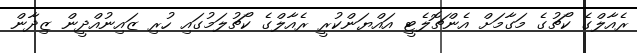
ރެއާލްގެ ކޯޗުގެ މަގާމަށް އެންޗޮލެޓީ އައްޔަންކުރީ ރެއާލްގެ ކޯޗުލަމުގައި ހުރި ޒައިނުއްދީން ޒިދާން